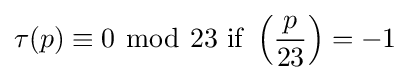
\tau (p)\equiv 0\ {\bmod {\ }}23{\text{ if }}\left({\frac {p}{23}}\right)=-1